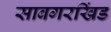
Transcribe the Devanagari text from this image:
साबगरखिंड